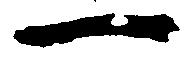
一